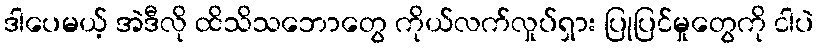
ဒါပေမယ့် အဲဒီလို ထိသိသဘောတွေ ကိုယ်လက်လှုပ်ရှား ပြုပြင်မှုတွေကို ငါပဲ